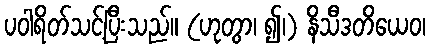
ပဝါရိတ်သင့်ပြီးသည်။ (ဟုတွာ၊ ၍၊) နိသီဒတိယေဝ၊